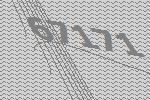
67171